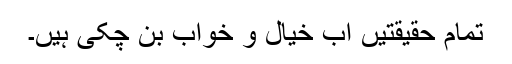
تمام حقیقتیں اب خیال و خواب بن چکی ہیں۔